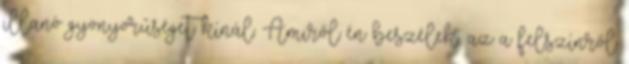
illanó gyönyörűséget kínál. Amiről én beszélek, az a felszínről